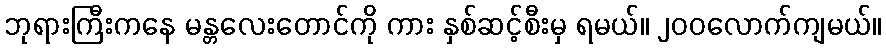
ဘုရားကြီးကနေ မန္တလေးတောင်ကို ကား နှစ်ဆင့်စီးမှ ရမယ်။ ၂၀၀လောက်ကျမယ်။